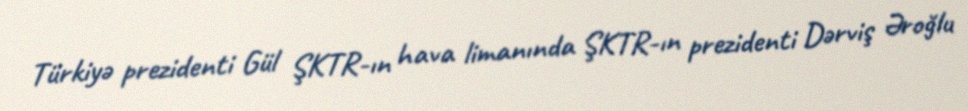
Türkiyə prezidenti Gül ŞKTR-ın hava limanında ŞKTR-ın prezidenti Dərviş Əroğlu